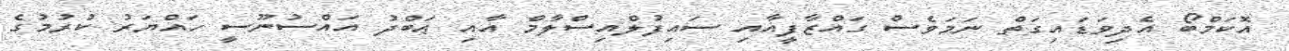
އޮކަމްބޯ އެދިވަޑައިގަތް ނަމަވެސް ގައްޒާފީއާއި ސައިފުލްއިސްލާމް އާއި ޢަބްދު އައްސުނޫސީ ހައްޔަރު ކުރުމުގެ